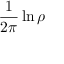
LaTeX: { \frac { 1 } { 2 \pi } } \ln \rho